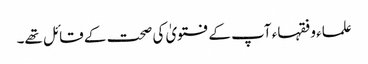
علماء و فقہاء آپ کے فتویٰ کی صحت کے قائل تھے۔